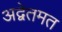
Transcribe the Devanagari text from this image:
अद्वेतमत